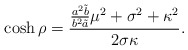
\begin{align*}\cosh \rho = \frac{\frac{a^2\tilde{b}}{b^2\tilde{a}} \mu^2 + \sigma^2 + \kappa^2}{2\sigma \kappa}.\end{align*}